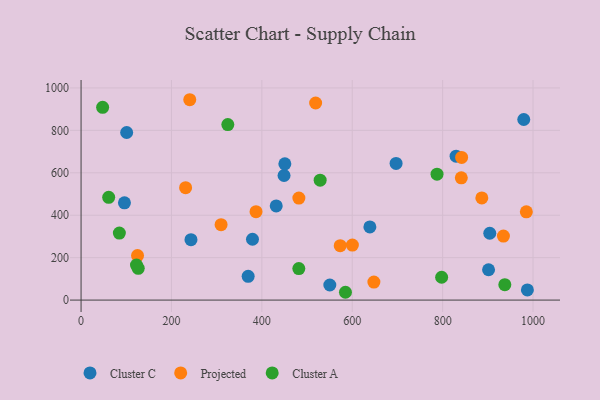
{"axis": {"x": "Study Hours", "y": "Sales"}, "legend": ["Cluster A", "Cluster C", "Projected"], "data": [{"x": "243.2", "y": 284.7, "type": "Cluster C"}, {"x": "369.7", "y": 112.2, "type": "Cluster C"}, {"x": "639.0", "y": 344.8, "type": "Cluster C"}, {"x": "904.3", "y": 315.1, "type": "Cluster C"}, {"x": "901.6", "y": 142.9, "type": "Cluster C"}, {"x": "697.0", "y": 644.0, "type": "Cluster C"}, {"x": "829.8", "y": 678.4, "type": "Cluster C"}, {"x": "379.3", "y": 286.8, "type": "Cluster C"}, {"x": "550.4", "y": 71.2, "type": "Cluster C"}, {"x": "431.8", "y": 443.8, "type": "Cluster C"}, {"x": "96.0", "y": 458.3, "type": "Cluster C"}, {"x": "449.1", "y": 587.2, "type": "Cluster C"}, {"x": "450.9", "y": 642.4, "type": "Cluster C"}, {"x": "987.5", "y": 47.8, "type": "Cluster C"}, {"x": "100.9", "y": 789.9, "type": "Cluster C"}, {"x": "979.5", "y": 851.3, "type": "Cluster C"}, {"x": "841.3", "y": 576.1, "type": "Projected"}, {"x": "519.0", "y": 929.0, "type": "Projected"}, {"x": "309.8", "y": 355.4, "type": "Projected"}, {"x": "600.3", "y": 259.3, "type": "Projected"}, {"x": "934.5", "y": 301.9, "type": "Projected"}, {"x": "573.4", "y": 256.5, "type": "Projected"}, {"x": "842.0", "y": 672.6, "type": "Projected"}, {"x": "647.9", "y": 84.8, "type": "Projected"}, {"x": "387.1", "y": 416.9, "type": "Projected"}, {"x": "124.9", "y": 209.6, "type": "Projected"}, {"x": "240.5", "y": 944.4, "type": "Projected"}, {"x": "985.2", "y": 416.2, "type": "Projected"}, {"x": "886.7", "y": 481.4, "type": "Projected"}, {"x": "231.3", "y": 529.7, "type": "Projected"}, {"x": "481.9", "y": 480.9, "type": "Projected"}, {"x": "324.7", "y": 827.2, "type": "Cluster A"}, {"x": "47.7", "y": 908.6, "type": "Cluster A"}, {"x": "481.8", "y": 148.4, "type": "Cluster A"}, {"x": "585.0", "y": 36.8, "type": "Cluster A"}, {"x": "61.1", "y": 484.2, "type": "Cluster A"}, {"x": "787.6", "y": 593.6, "type": "Cluster A"}, {"x": "126.5", "y": 149.7, "type": "Cluster A"}, {"x": "84.7", "y": 315.7, "type": "Cluster A"}, {"x": "937.6", "y": 72.8, "type": "Cluster A"}, {"x": "529.0", "y": 565.1, "type": "Cluster A"}, {"x": "122.6", "y": 165.2, "type": "Cluster A"}, {"x": "797.8", "y": 107.6, "type": "Cluster A"}]}